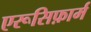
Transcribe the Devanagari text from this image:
एरूसिफ़ार्म